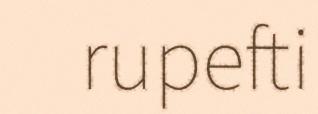
rupefti